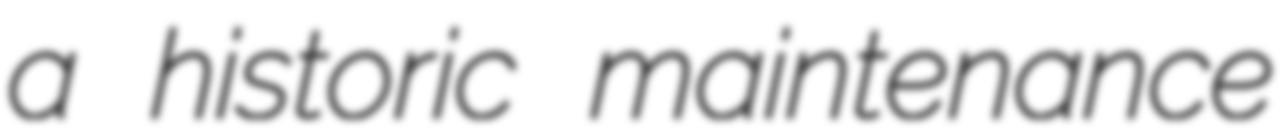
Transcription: a historic maintenance